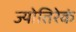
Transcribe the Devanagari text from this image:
ज्योतिरेकं